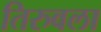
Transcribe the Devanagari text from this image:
तिरुवला